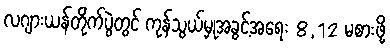
လဂျားယန်တိုက်ပွဲတွင် ကုန်သွယ်မှုအခွင့်အရေး 8,12 မစားဖို့